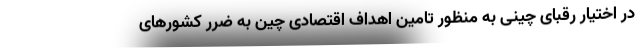
در اختیار رقبای چینی به منظور تامین اهداف اقتصادی چین به ضرر کشورهای